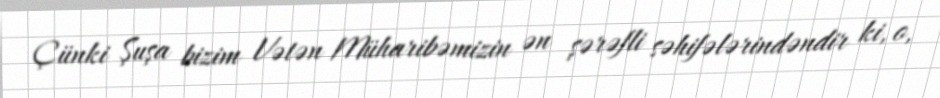
Çünki Şuşa bizim Vətən Müharibəmizin ən şərəfli səhifələrindəndir ki, o,